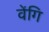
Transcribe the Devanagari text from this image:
वेंगि